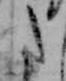
た